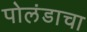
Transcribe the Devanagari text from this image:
पोलंडाचा